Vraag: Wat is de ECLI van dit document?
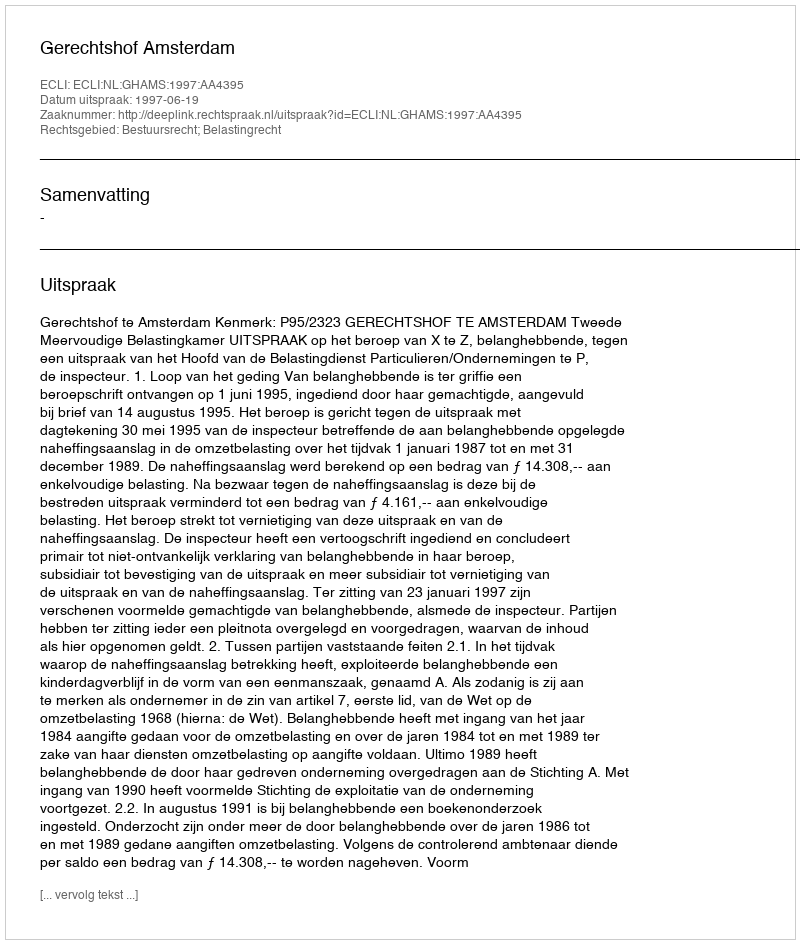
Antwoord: ECLI:NL:GHAMS:1997:AA4395